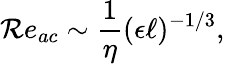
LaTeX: \mathcal{R}e_{ac}\sim\frac{{1}}{{\eta}}(\epsilon\ell)^{-1/3},